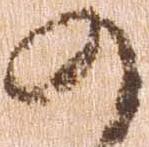
の